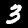
Label: 3